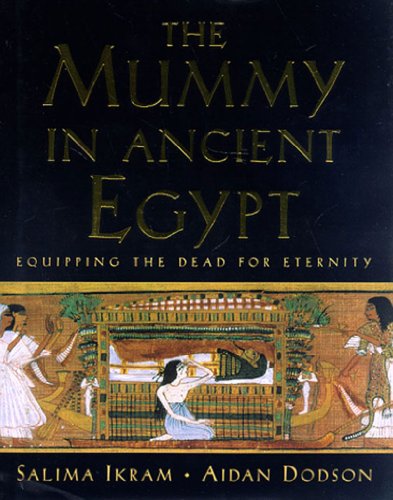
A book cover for The Mummy in Ancient Egypt: Equipping the Dead for Eternity; Salima Ikram; Religion & Spirituality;